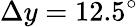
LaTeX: \Delta y=12.5^{\circ}